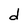
Character: d